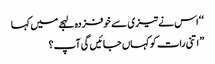
‘ ‘ اس نے تیزی سے خوفزدہ لہجے میں کہا
” اتنی رات کو کہاں جائیں گی آپ؟